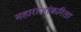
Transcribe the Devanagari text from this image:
महाराजांकरिता